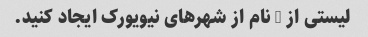
لیستی از 5 نام از شهرهای نیویورک ایجاد کنید.